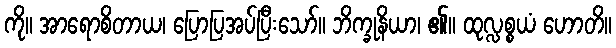
ကို။ အာရောစိတာယ၊ ပြောပြအပ်ပြီးသော်။ ဘိက္ခုနိယာ၊ ၏။ ထုလ္လစ္စယံ ဟောတိ။